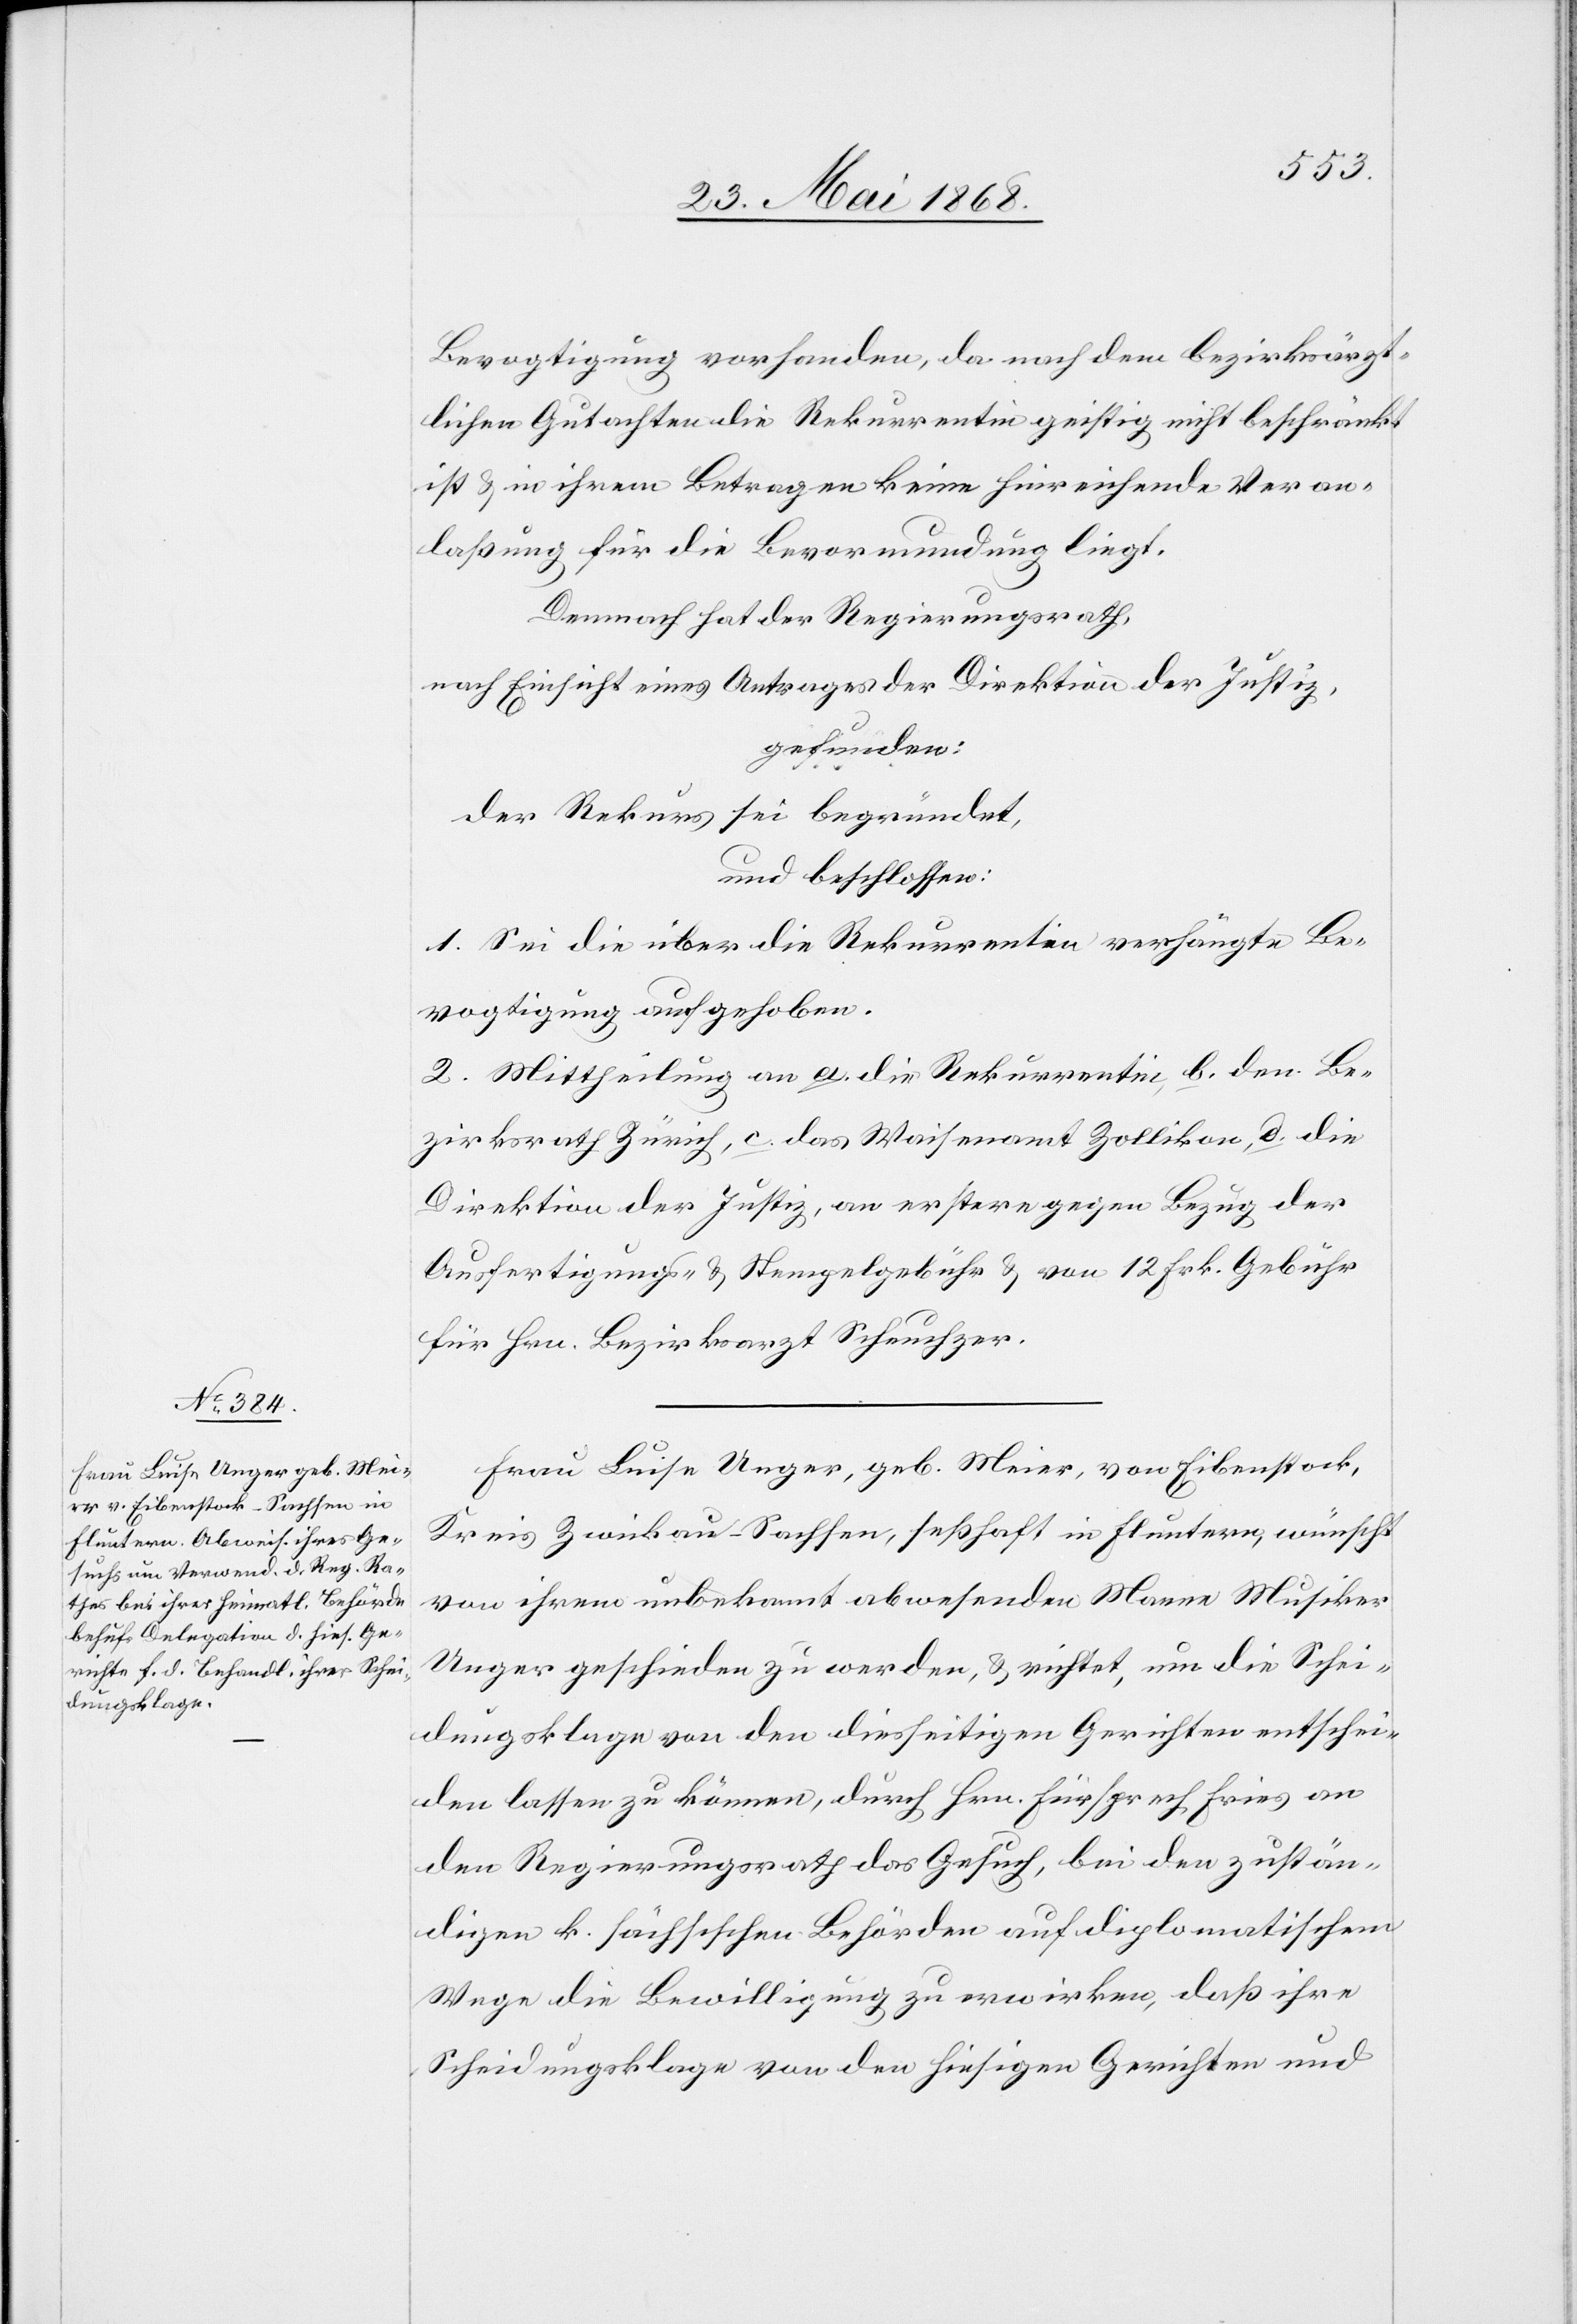
Bevogtigung vorhanden, da nach dem bezirksärzt¬
lichen Gutachen die Rekurrentin geistig nicht beschränkt
ist & in ihrem Betragen keine hinreichende Veran¬
laßung für die Bevormundung liegt.
Demnach hat der Regierungsrath,
nach Einsicht eines Antrages der Direktion der Justiz,
gefunden:
der Rekurs sei begründet,
und beschlossen:
1. Sei die über die Rekurrentin verhängte Be¬
vogtigung aufgehoben.
2. Mittheilung an a. die Rekurrentin, b. den Be¬
zirksrath Zürich, c. das Waisenamt Zollikon, d. die
Direktion der Justiz, an erstere gegen Bezug der
Ausfertigungs- & Stempelgebühr & von 12 Frk. Gebühr
für Hrn. Bezirksarzt Scheuchzer.
Frau Luise Unger, geb. Meier, von Eibenstock,
Kreis Zwickau-Sachsen, seßhaft in Fluntern, wünscht
von ihrem unbekannt abwesenden Manne Musiker
Unger geschieden zu werden, & richtet, um die Schei¬
dungsklage von den diesseitigen Gerichten entschei¬
den lassen zu können, durch Hrn. Fürsprech Fries an
den Regierungsrath das Gesuch, bei den zustän¬
digen k. sächsischen Behörden auf diplomatischem
Wege die Bewilligung zu erwirken, daß ihre
Scheidungsklage von den hiesigen Gerichten und